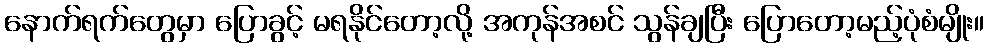
နောက်ရက်တွေမှာ ပြောခွင့် မရနိုင်တော့လို့ အကုန်အစင် သွန်ချပြီး ပြောတော့မည့်ပုံစံမျိုး။